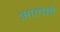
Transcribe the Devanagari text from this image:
आल्फी